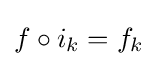
{\textstyle f\circ i_{k}=f_{k}}